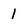
Character: 1